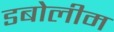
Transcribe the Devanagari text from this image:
डबोलीम